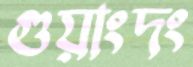
গুয়াংদং